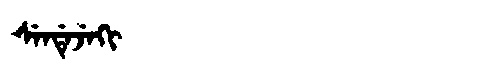
Manchu: ᠰᡝᠨᡩᡝᠵᡝᡴᡳ
Romanization: SENDEJEKI